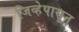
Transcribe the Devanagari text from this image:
जिव्हेपासून